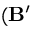
( \mathbf { B ^ { \prime } }